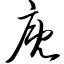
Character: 厩